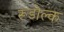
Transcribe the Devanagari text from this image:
रूडोल्क